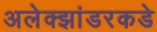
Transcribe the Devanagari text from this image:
अलेक्झांडरकडे